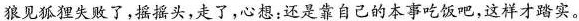
狼见狐狸失败了，摇摇头，走了，心想；还是靠自己的本事吃饭吧，这样才踏实。